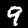
Label: 9